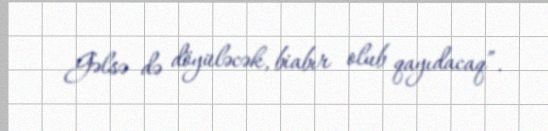
Gəlsə də döyüləcək, biabır olub qayıdacaq”.